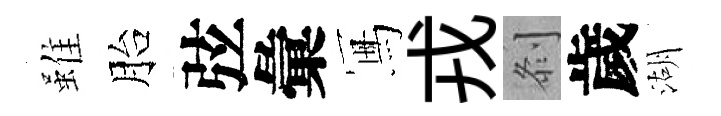
雖胎弦彙冩戎𠛴歲湖